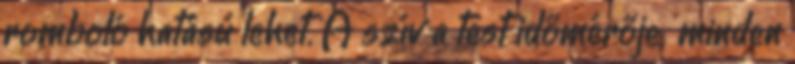
romboló hatású lehet. A szív a test időmérője; minden